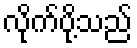
လိုက်ပို့သည်